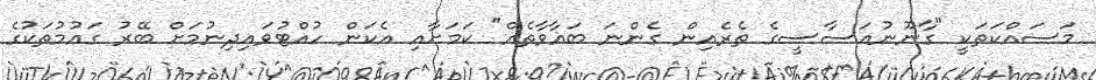
މަސައްކަތަކީ "ގާނޫނުއަސާސީގެ ތެރެއިން ގެންނަ ބަޣާވާތެއް" ކަމަށާއި އެކަން ހުއްޓުވައިދިނުމަށް ބޭރު ގައުމުތަކުގެ